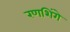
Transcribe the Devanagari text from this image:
रणशिंगे